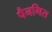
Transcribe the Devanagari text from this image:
पैनगिस